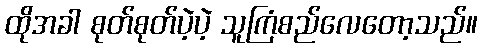
ထိုအခါ စုတ်စုတ်ပဲ့ပဲ့ သူကြံစည်လေတော့သည်။